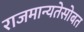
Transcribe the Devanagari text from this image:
राजमान्यतेसोबत